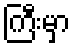
ကြီးမှာ